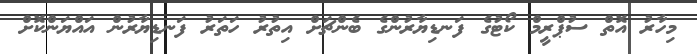
މިހާރު އޮތް ސުޕްރީމް ކޯޓުގެ ފަނޑިޔާރުންގެ ބެންޗަށް އިތުރު ހަތަރު ފަނޑިޔާރުން އައްޔަންކޮށް